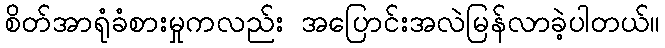
စိတ်အာရုံခံစားမှုကလည်း အပြောင်းအလဲမြန်လာခဲ့ပါတယ်။